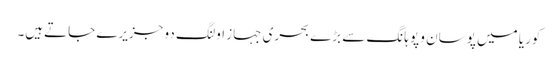
کوریا میں پوسان و پوہانگ سے بڑے بحری جہاز اولنگ دو جزیرے جاتےہیں۔